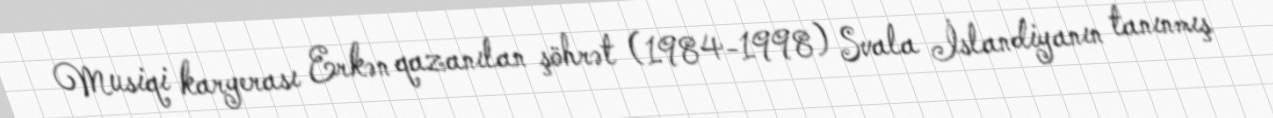
Musiqi karyerası Erkən qazanılan şöhrət (1984-1998) Svala İslandiyanın tanınmış